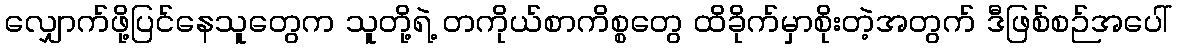
လျှောက်ဖို့ပြင်နေသူတွေက သူတို့ရဲ့ တကိုယ်စာကိစ္စတွေ ထိခိုက်မှာစိုးတဲ့အတွက် ဒီဖြစ်စဉ်အပေါ်